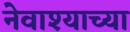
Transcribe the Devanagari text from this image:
नेवाश्याच्या